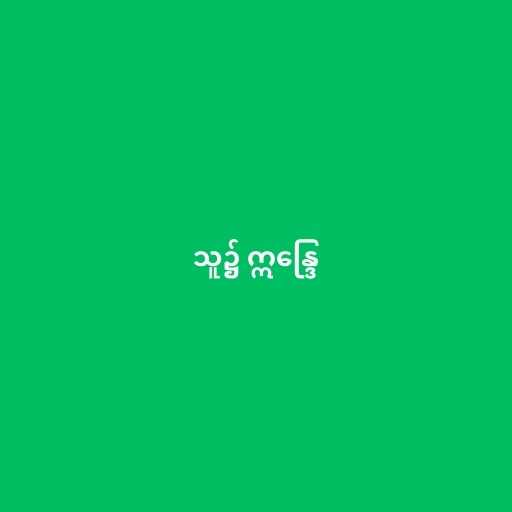
သူ၌ ဣန္ဒြေ